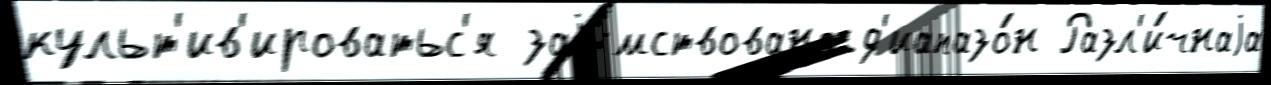
культ'ив'ироватьс'я заjи́мствовано д'иапазо́н Разл'и́чнаjа